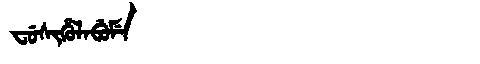
Manchu: ᠸᡠᠰᡳᡥᡠᠯᠠᠪᡠᠮᡝ
Romanization: FUSIHULABUME